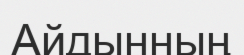
Айдынның